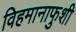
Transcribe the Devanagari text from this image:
विहमानाफुशी